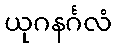
ယုဂနင်္ဂလံ